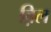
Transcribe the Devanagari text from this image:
व़िल